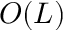
O ( L )